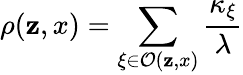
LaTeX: \rho(\mathbf{z},x)=\sum_{\xi\in\mathcal{{O}}(\mathbf{z},x)}\frac{{\kappa_{\xi}}}{{\lambda}}